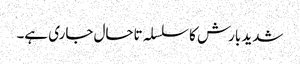
شدید بارش کا سلسلہ تاحال جاری ہے۔